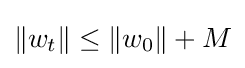
\|w_{t}\|\leq \|w_{0}\|+M